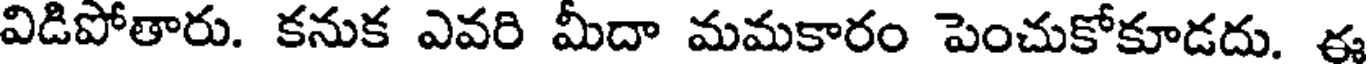
విడిపోతారు. కనుక ఎవరి మీదా మమకారం పెంచుకోకూడదు. ఈ